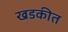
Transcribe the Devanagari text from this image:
खडकीत